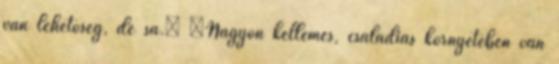
van lehetőség, de sa.” „Nagyon kellemes, családias környeteben van